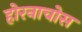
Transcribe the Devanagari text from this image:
होरनाचोस